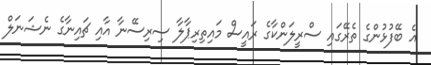
އެ ބޭފުޅުންގެ ތެރޭގައި ސްރީލަންކާގެ ރައީސް މައިތިރިޕާލާ ސިރިސޭނާ އާއި ޗައިނާގެ ނެޝަނަލް